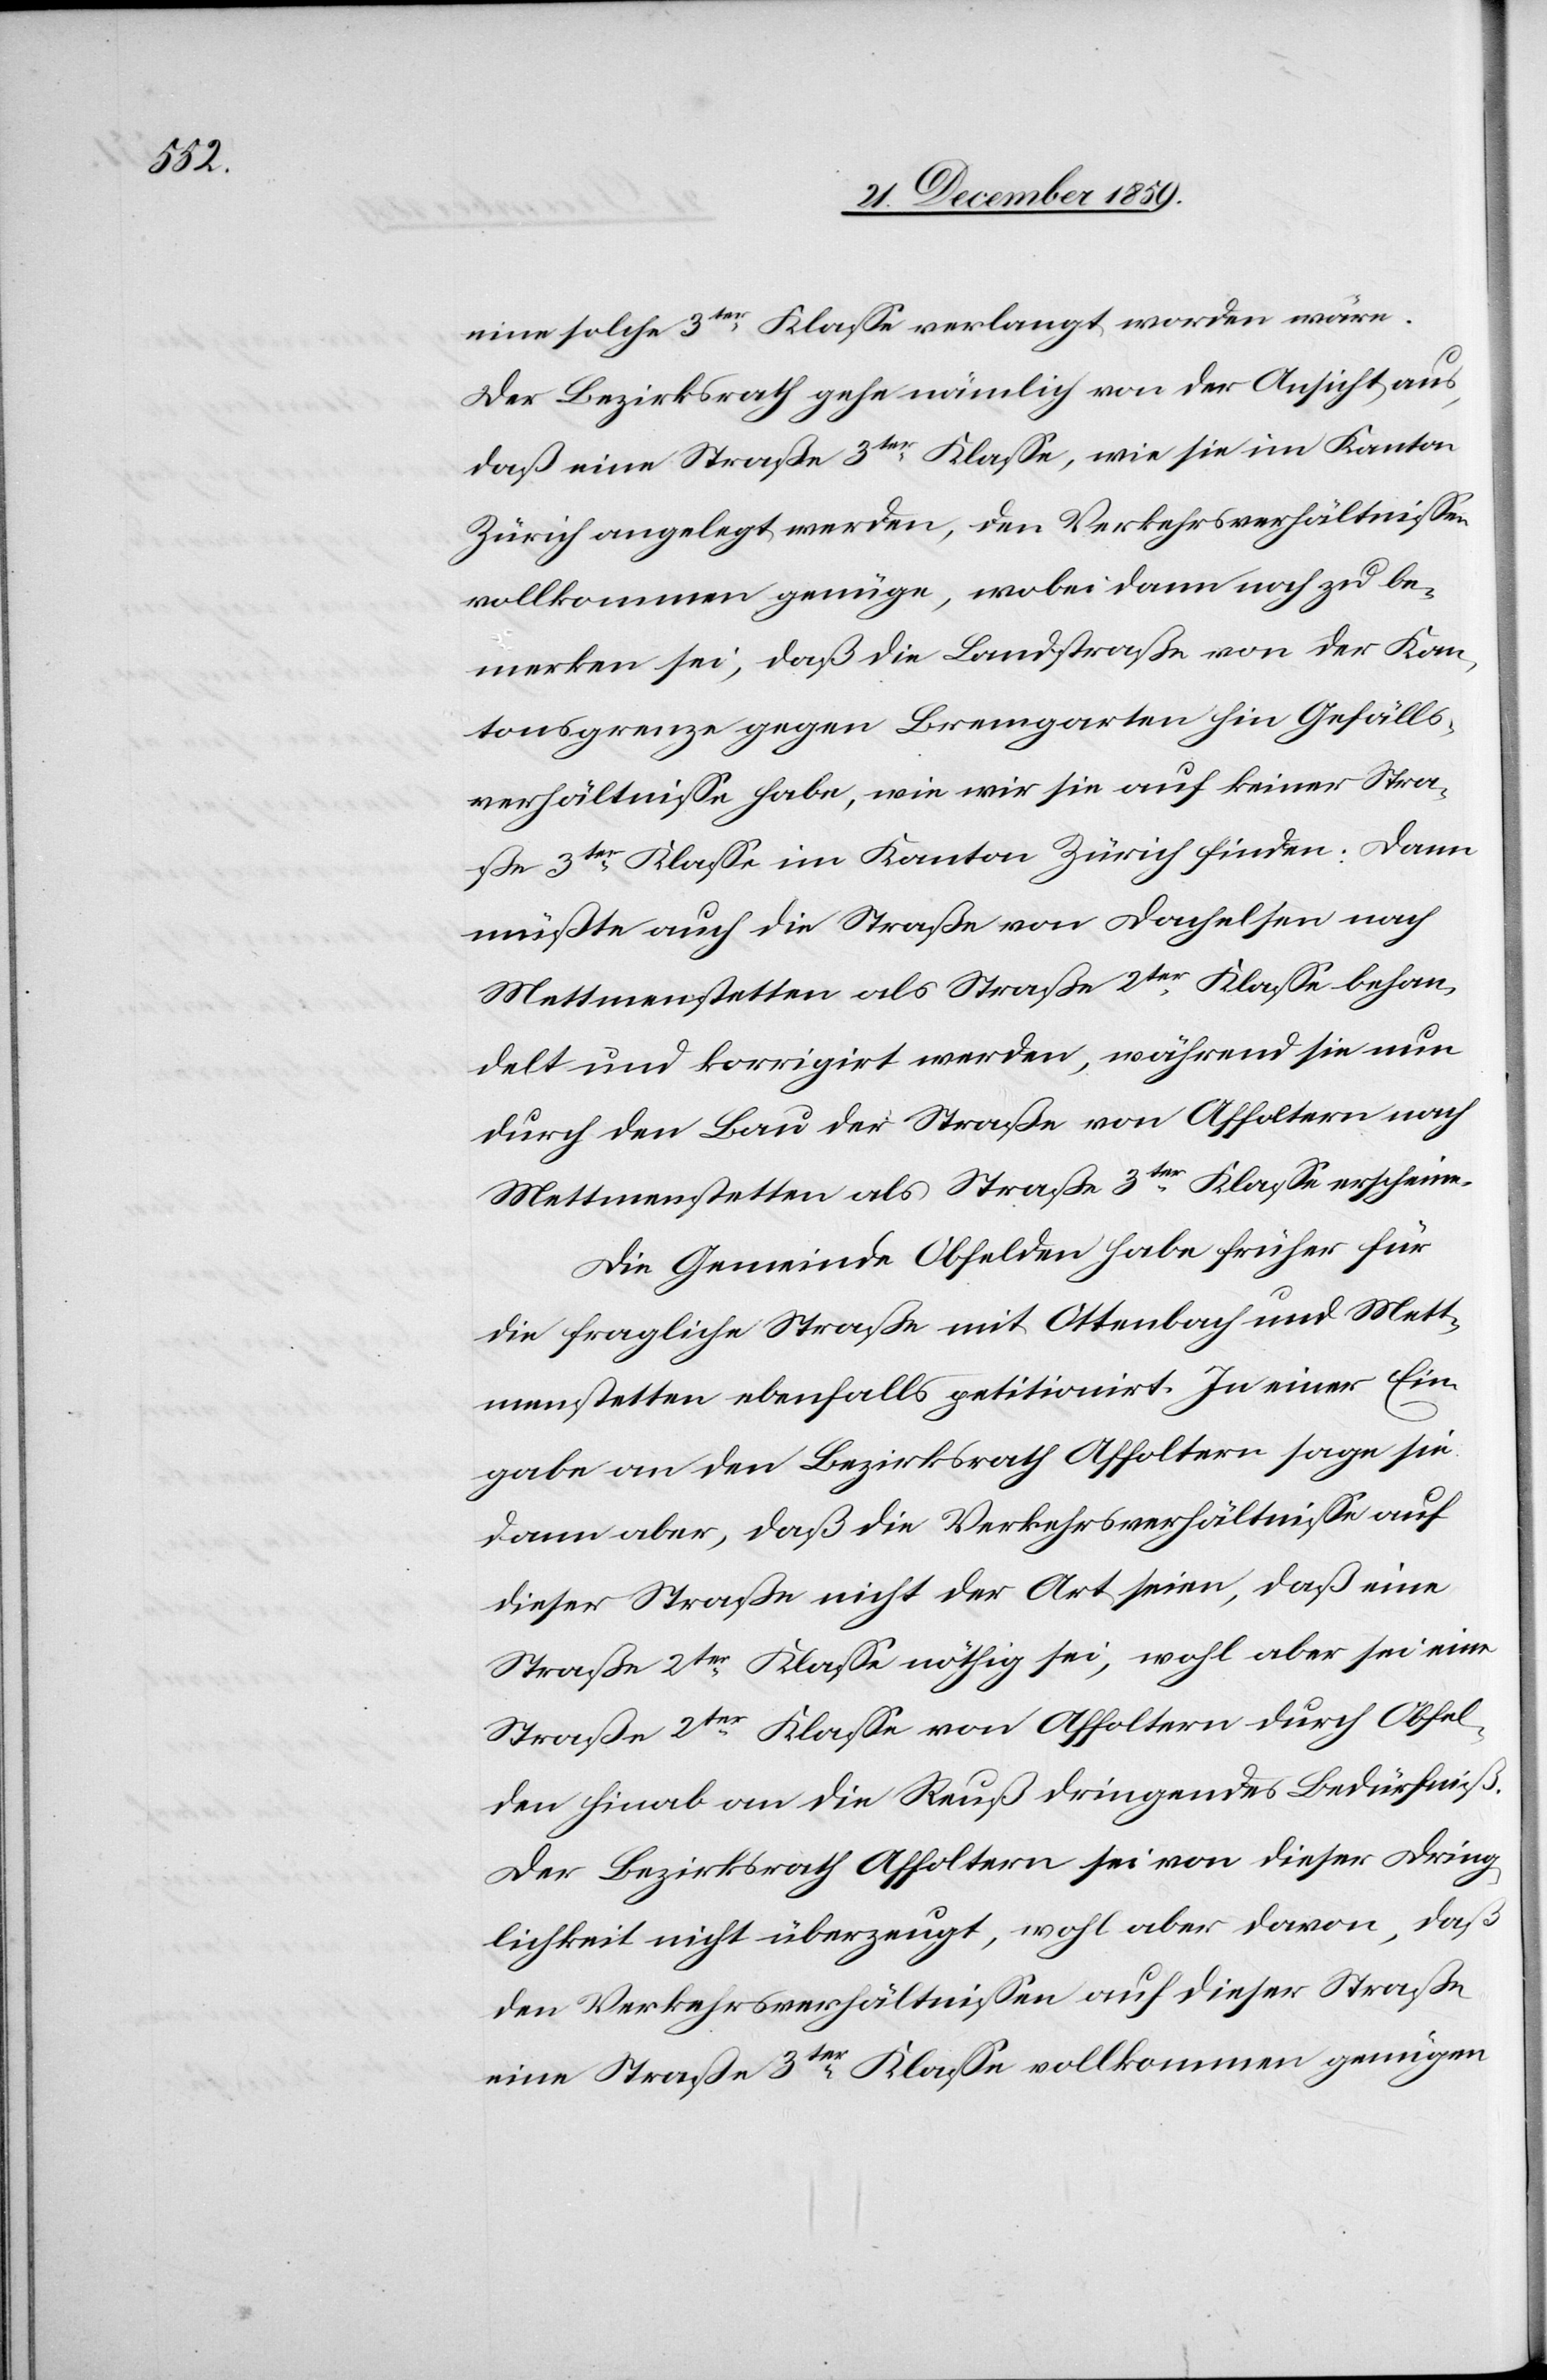
eine solche 3ter Klasse verlangt worden wäre.
Der Bezirksrath gehe nämlich von der Ansicht aus,
daß eine Straße 3ter Klasse, wie sie im Kanton
Zürich angelegt werden, den Verkehrsverhältnissen
vollkommen genüge, wobei dann noch zu be¬
merken sei, daß die Landstraße von der Kan¬
tonsgrenze gegen Bremgarten hin Gefälls¬
verhältnisse habe, wie wir sie auf keiner Stra¬
ße 3ter Klasse im Kanton Zürich finden. Dann
müßte auch die Straße von Dachelsen nach
Mettmenstetten als Straße 2ter Klasse behan¬
delt und korrigirt werden, während sie nun
durch den Bau der Straße von Affoltern nach
Mettmenstetten als Straße 3ter Klasse erscheine.
Die Gemeinde Obfelden habe früher für
die fragliche Straße mit Ottenbach und Mett¬
menstetten ebenfalls petitionirt. In einer Ein¬
gabe an den Bezirksrath Affoltern sage sie
dann aber, daß die Verkehrsverhältnisse auf
dieser Straße nicht der Art seien, daß eine
Straße 2ter Klasse nöthig sei, wohl aber sei eine
Straße 2ter Klasse von Affoltern durch Obfel¬
den hinab an die Reuß ein dringendes Bedürfniß.
Der Bezirksrath Affoltern sei von dieser Dring¬
lichkeit nicht überzeugt, wohl aber davon, daß
den Verkehrsverhältnissen auf dieser Straße
eine Straße 3ter Klasse vollkommen genügen